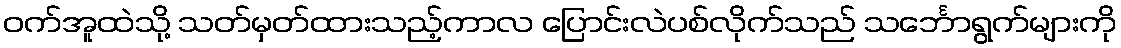
ဝက်အူထဲသို့ သတ်မှတ်ထားသည့်ကာလ ပြောင်းလဲပစ်လိုက်သည် သင်္ဘောရွက်များကို